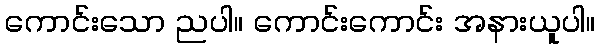
ကောင်းသော ညပါ။ ကောင်းကောင်း အနားယူပါ။